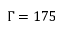
\Gamma = 1 7 5